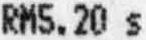
RM5.20 S